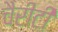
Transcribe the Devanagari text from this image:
चैरीटी